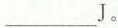
___J。